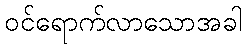
ဝင်ရောက်လာသောအခါ